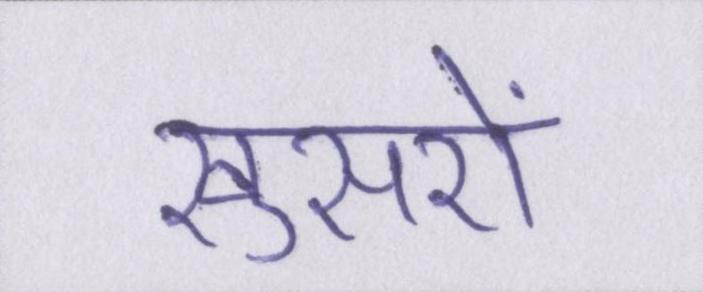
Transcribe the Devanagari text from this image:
खुसरों